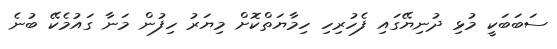
ސަބަބަކީ މުޅި ދުނިޔޭގައި ފެހުރިހި ހިމާޔަތްކޮށް މިޔަރު ހިފުން މަނާ ގައުމެކޭ ބުނެ